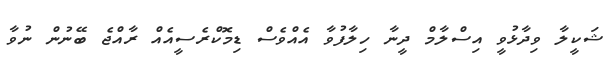
ޝަކީލާ ވިދާޅުވީ އިސްލާމް ދީނާ ހިލާފުވާ އެއްވެސް ޑިމޮކްރެސީއެއް ރާއްޖެ ބޭނުން ނުވާ